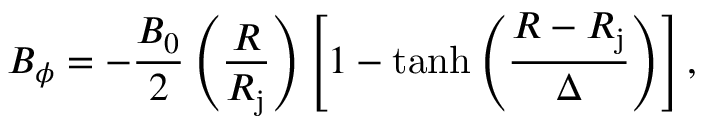
B _ { \phi } = - \frac { B _ { 0 } } { 2 } \left( \frac { R } { R _ { \mathrm { j } } } \right) \left[ 1 - \operatorname { t a n h } \left( \frac { R - R _ { \mathrm { j } } } { \Delta } \right) \right] ,